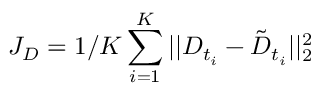
J _ { D } = 1 / K \sum _ { i = 1 } ^ { K } | | D _ { t _ { i } } - \tilde { D } _ { t _ { i } } | | _ { 2 } ^ { 2 }